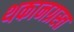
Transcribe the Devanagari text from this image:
थकानग्रस्त